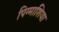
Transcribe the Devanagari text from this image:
पिग्माशिया